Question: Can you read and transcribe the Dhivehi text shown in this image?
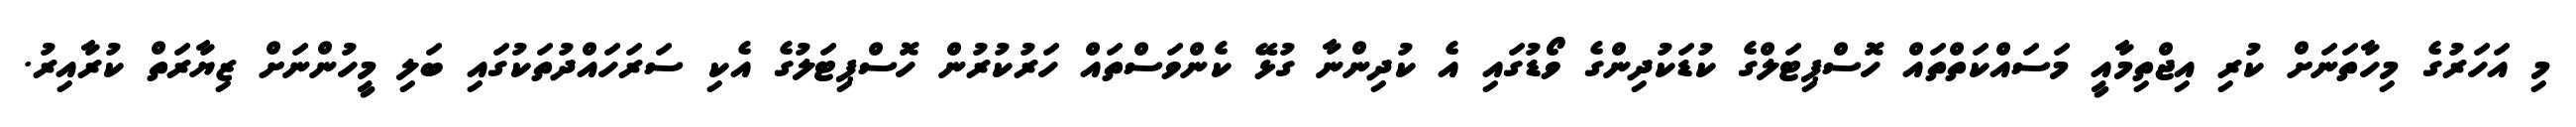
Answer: މި އަހަރުގެ މިހާތަނަށް ކުރި އިޖްތިމާއީ މަސައްކަތްތައް ހޮސްޕިޓަލްގެ ކުޑަކުދިންގެ ވޯޑުގައި އެ ކުދިންނާ ގުޅޭ ކެންވަސްތައް ހަރުކުރުން ހޮސްޕިޓަލުގެ އެކި ސަރަހައްދުތަކުގައި ބަލި މީހުންނަށް ޒިޔާރަތް ކުރާއިރު.